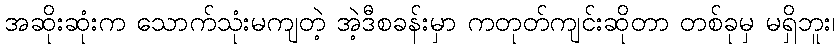
အဆိုးဆုံးက သောက်သုံးမကျတဲ့ အဲ့ဒီစခန်းမှာ ကတုတ်ကျင်းဆိုတာ တစ်ခုမှ မရှိဘူး၊